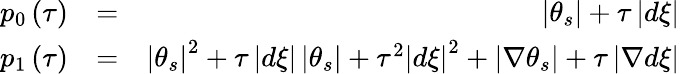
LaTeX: \begin{array}{rlr}{p_{0}\left(\tau\right)}&{=}&{\left\vert\theta_{s}\right\vert+\tau\left\vert d\xi\right\vert}\\ {p_{1}\left(\tau\right)}&{=}&{\left\vert\theta_{s}\right\vert^{2}+\tau\left\vert d\xi\right\vert\left\vert\theta_{s}\right\vert+\tau^{2}\left\vert d\xi\right\vert^{2}+\left\vert\nabla\theta_{s}\right\vert+\tau\left\vert\nabla d\xi\right\vert}\end{array}